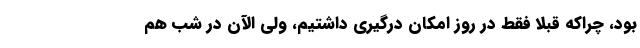
بود، چراکه قبلاً فقط در روز امکان درگیری داشتیم، ولی الآن در شب هم